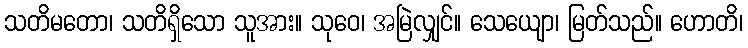
သတိမတော၊ သတိရှိသော သူအား။ သုဝေ၊ အမြဲလျှင်။ သေယျော၊ မြတ်သည်။ ဟောတိ၊